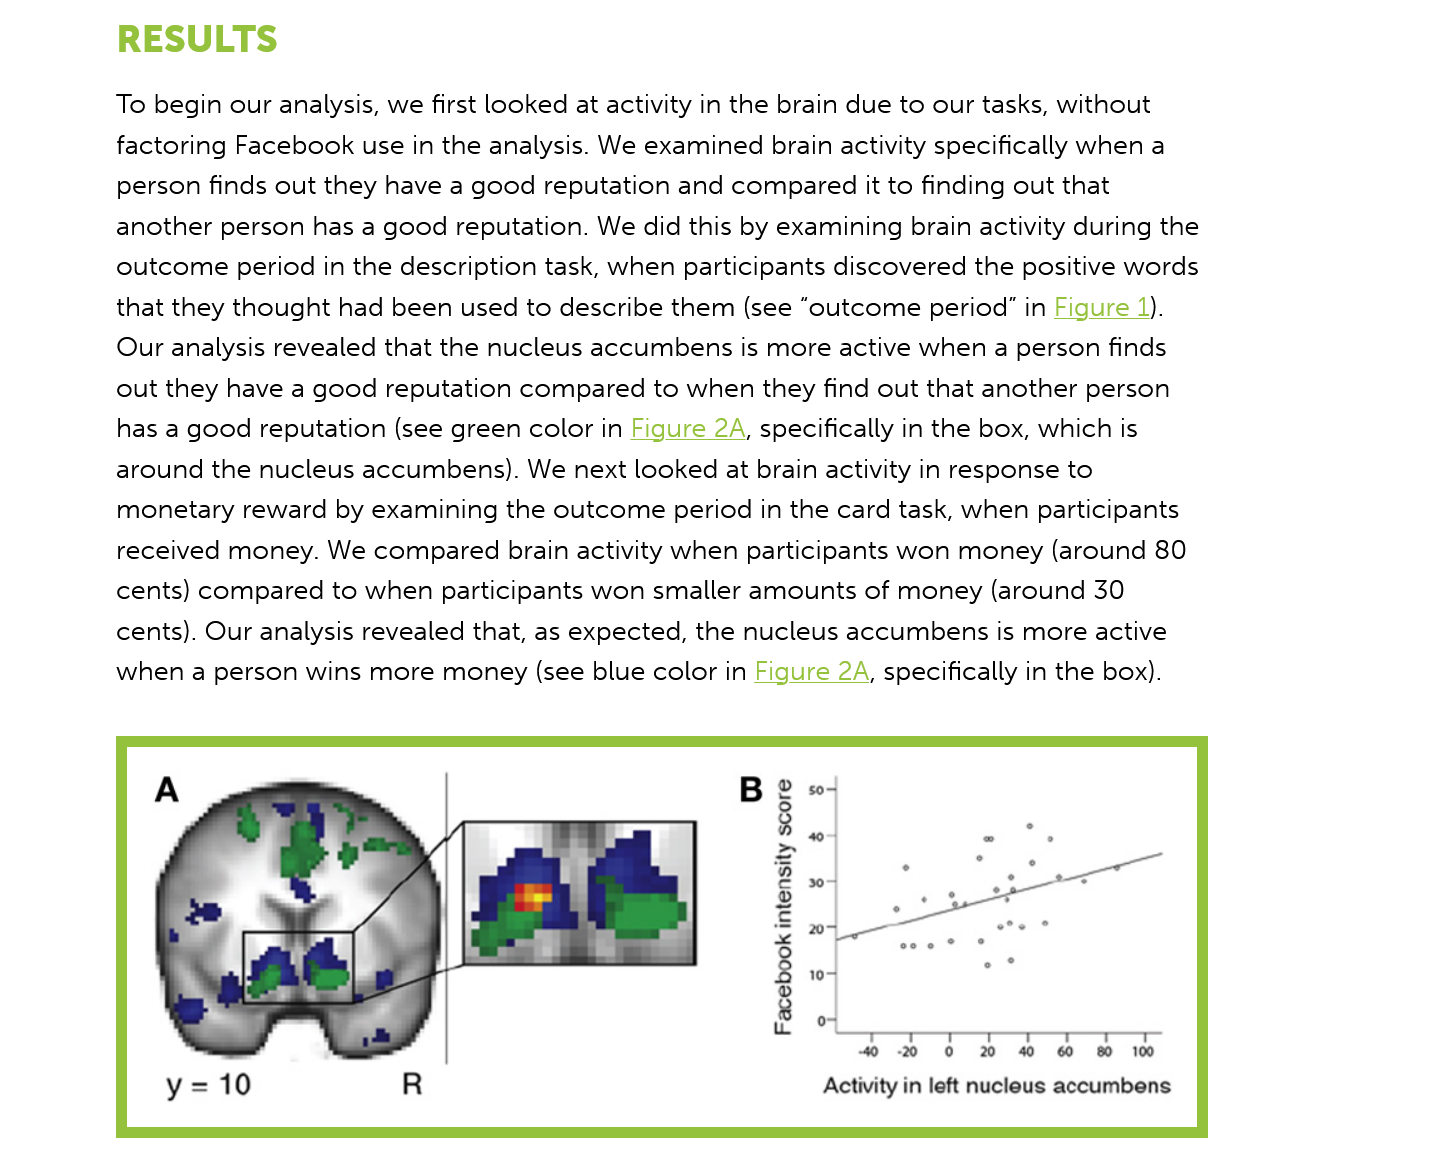
RESULTS
     To begin our analysis, we first looked at activity in the brain due to our tasks, without
     factoring Facebook use in the analysis. We examined brain activity specifically when a
     person finds out they have a good reputation and compared it to finding out that
     another person has a good reputation. We did this by examining brain activity during the
     outcome period in the description task, when participants discovered the positive words
     that they thought had been used to describe them (see “outcome period” in Figure 1).
     Our analysis revealed that the nucleus accumbens is more active when a person finds
     out they have a good reputation compared to when they find out that another person
     has a good reputation (see green color in Figure 2A, specifically in the box, which is
     around the nucleus accumbens). We next looked at brain activity in response to
     monetary reward by examining the outcome period in the card task, when participants
     received money. We compared brain activity when participants won money (around 80
     cents) compared to when participants won smaller amounts of money (around 30
     cents). Our analysis revealed that, as expected, the nucleus accumbens is more active
     when a person wins more money (see blue color in Figure 2A, specifically in the box).
     Activity in left nucleus accumbens
     @100S
     AyiSsuajuI
     yOoqese4
     y=10